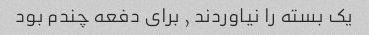
یک بسته را نیاوردند , برای دفعه چندم بود